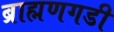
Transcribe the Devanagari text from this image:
ब्राह्मणगडी